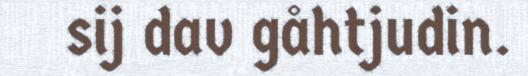
sij dav gåhtjudin.